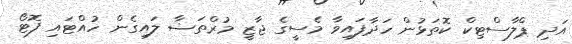
އަދި ޕްލާސްޓިކް ކޮތަޅުން ހަދާފައިވާ މެސީގެ ޖާޒީ މުރްތަޟާ ލައިގެން ހުއްޓައި ފޮޓޯ